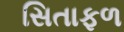
સિતાફળ